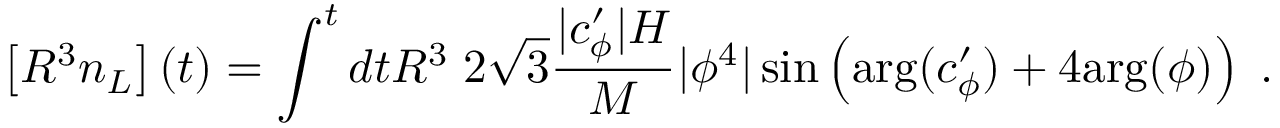
\left[ R ^ { 3 } n _ { L } \right] ( t ) = \int ^ { t } d t R ^ { 3 } \; 2 \sqrt { 3 } \frac { | c _ { \phi } ^ { \prime } | H } { M } | \phi ^ { 4 } | \sin \left( \mathrm { { a r g } } ( c _ { \phi } ^ { \prime } ) + 4 { \mathrm { a r g } } ( \phi ) \right) \; .